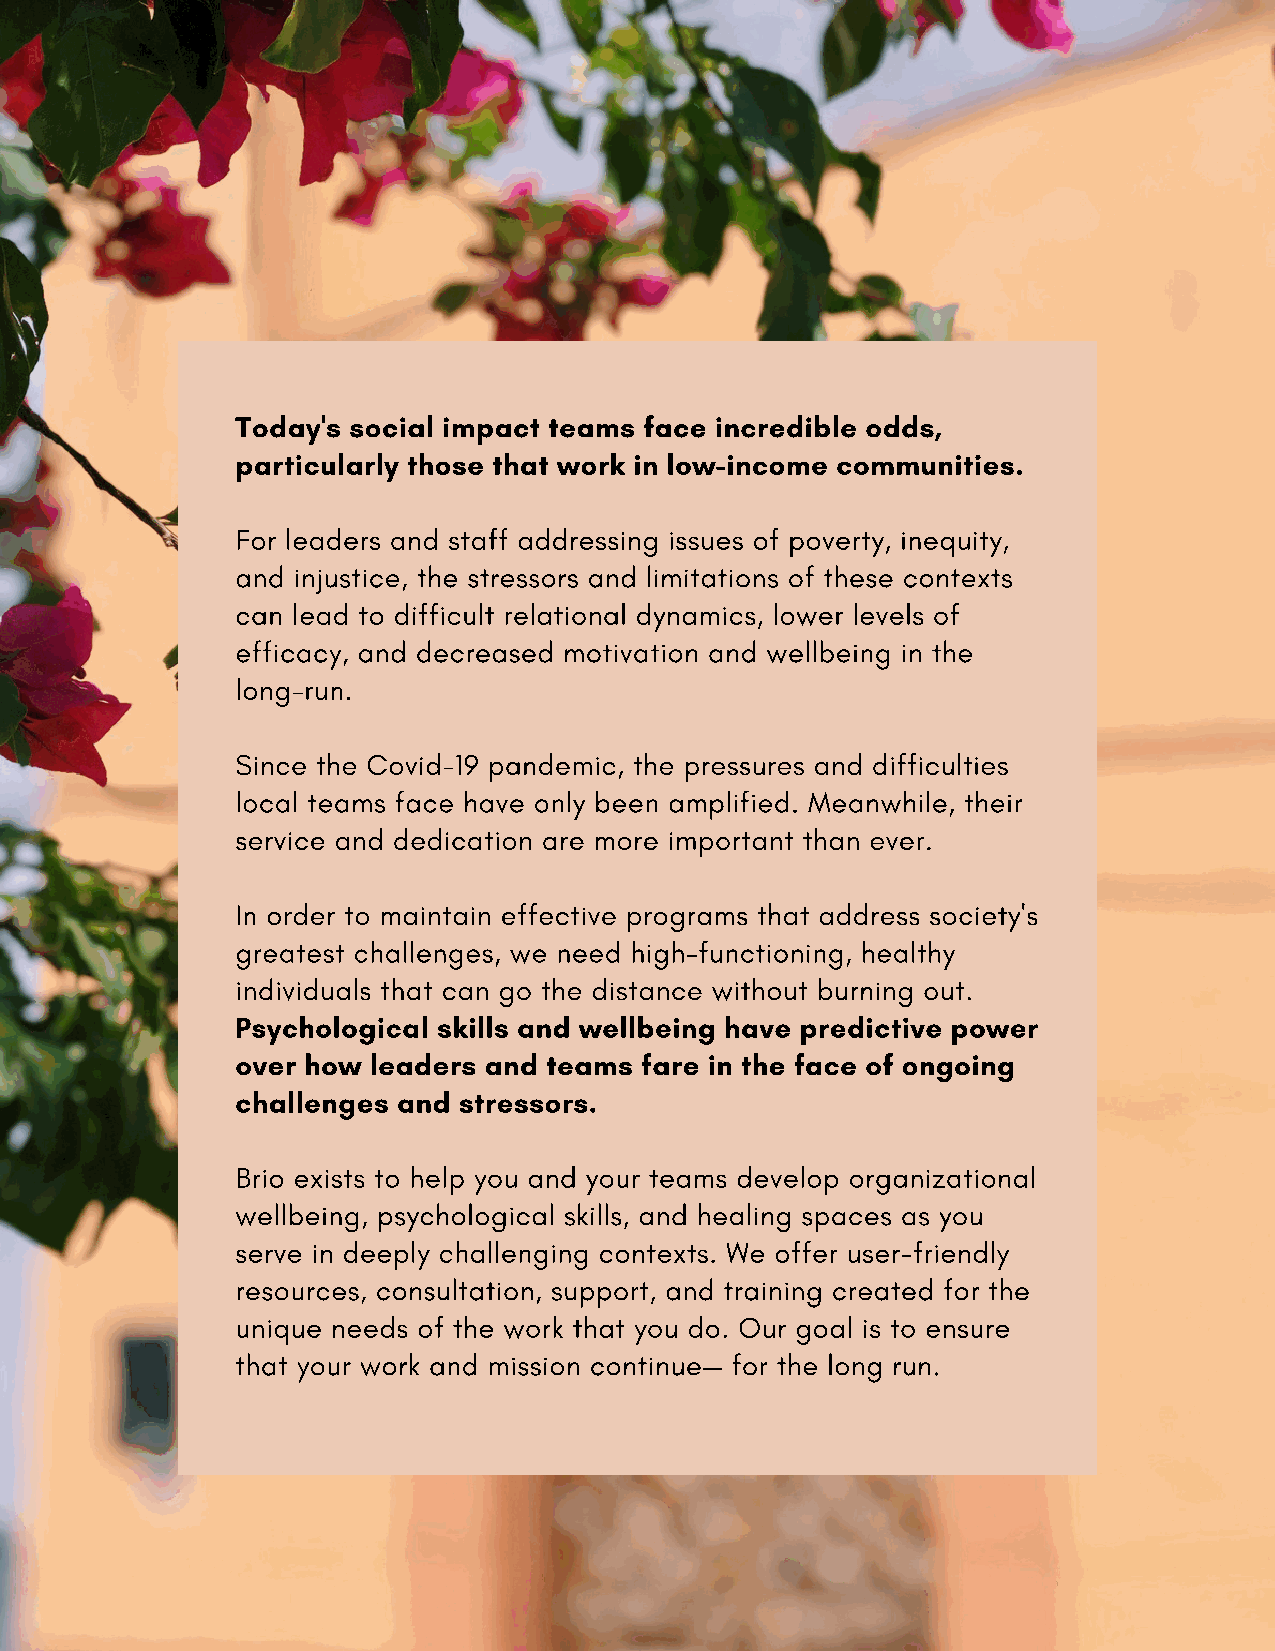
Today's social impact teams face incredible odds,
 particularly those that work in low-income communities.
 For leaders and staff addressing issues of poverty, inequity,
 and injustice, the stressors and limitations of these contexts
 can lead to difficult relational dynamics, lower levels of
 efficacy, and decreased motivation and wellbeing in the
 long-run.
 Since the Covid-19 pandemic, the pressures and difficulties
 local teams face have only been amplified. Meanwhile, their
 service and dedication are more important than ever.
 In order to maintain effective programs that address society's
 greatest challenges, we need high-functioning, healthy
 individuals that can go the distance without burning out.
 Psychological skills and wellbeing have predictive power
 over how leaders and teams fare in the face of ongoing
 challenges and stressors.
 Brio exists to help you and your teams develop organizational
 wellbeing, psychological skills, and healing spaces as you
 serve in deeply challenging contexts. We offer user-friendly
 resources, consultation, support, and training created for the
 unique needs of the work that you do. Our goal is to ensure
 that your work and mission continue— for the long run.